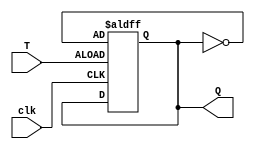
module TFF (
    input wire T,
    input wire clk,
    output reg Q
);

reg state;

always @ (posedge clk or posedge T)
begin
    if (T)
        state <= ~state;
end

assign Q = state;

endmodule